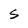
Character: S